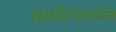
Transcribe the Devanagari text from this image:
धरणीन्द्रवर्मन